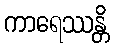
ကာရေဿန္တိ